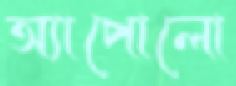
অ্যাপোলো